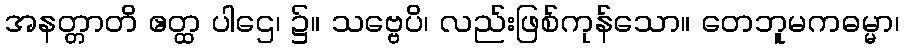
အနတ္တာတိ ဧတ္ထ ပါဌေ၊ ၌။ သဗ္ဗေပိ၊ လည်းဖြစ်ကုန်သော။ တေဘူမကဓမ္မာ၊